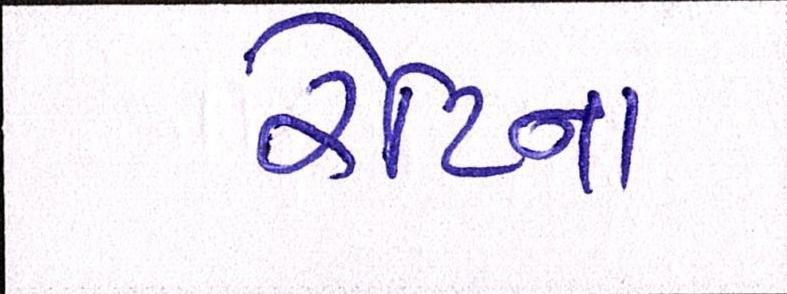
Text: રેટિના